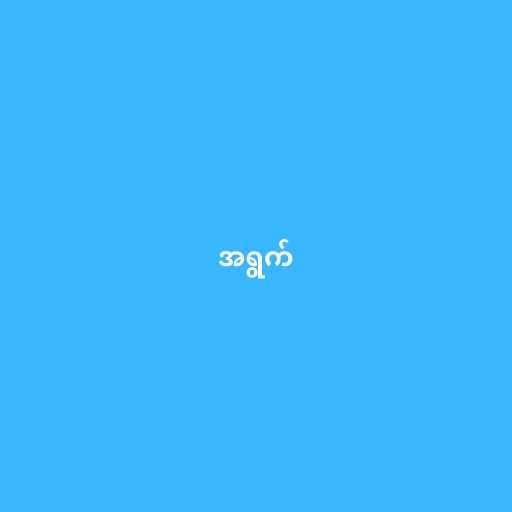
အရွက်